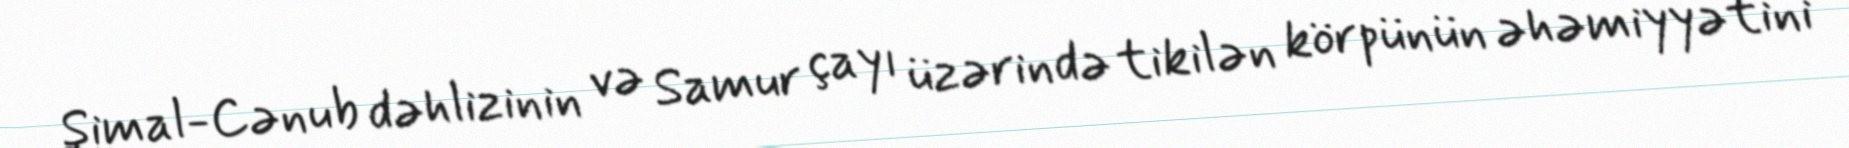
Şimal-Cənub dəhlizinin və Samur çayı üzərində tikilən körpünün əhəmiyyətini